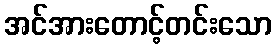
အင်အားတောင့်တင်းသော